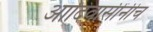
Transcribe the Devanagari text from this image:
आदिवासींनीच